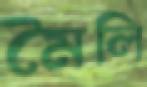
মৈলি